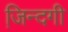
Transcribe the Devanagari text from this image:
जि़न्दगी